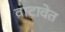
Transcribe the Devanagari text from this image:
वाटावेत